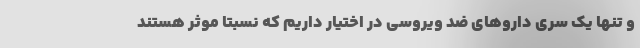
و تنها یک سری داروهای ضد ویروسی در اختیار داریم که نسبتا موثر هستند